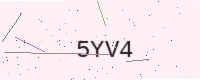
Text: 5YV4